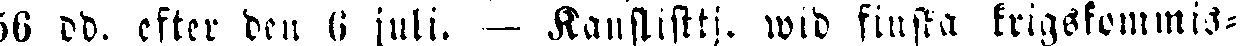
5L dd. efter den 6 juli. — Kanslisttj. wid finska krigskommis-